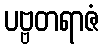
ပဗ္ဗတရာဇံ